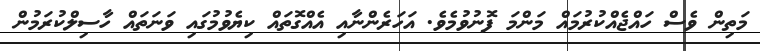
މަތިން ވެސް ހައްޖެއްކުރުުމައް މަންމަ ފޮނުވުމެވެ. އަހަރެންނާއި އެއްގޮތައް ކިޔެވުމުގައި ވަނަތައް ހާސިލްކުރަމުން